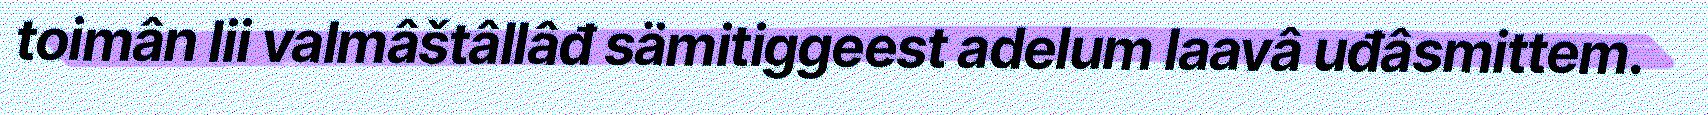
toimân lii valmâštâllâđ sämitiggeest adelum laavâ uđâsmittem.